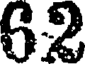
62